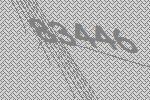
83446